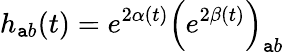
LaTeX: h_{\mathtt{a}b}(t)=e^{2\alpha(t)}\left(e^{2\beta(t)}\right)_{\mathtt{a}b}